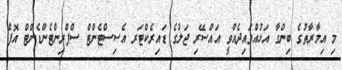
މި އިމާރާތުގެ ބިންގާ އަޅުއްވައިދެއްވީ އައްސޭރި ޖަލުގެ ޑައިރެކްޓަރ އެސިސްޓެންޓް ސްޕްރިންޓެންޑެންޓް އޮފް